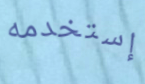
إستخدمه